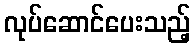
လုပ်ဆောင်ပေးသည့်